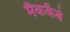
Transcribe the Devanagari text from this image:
मैककैबे